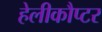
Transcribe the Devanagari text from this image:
हेलीकौप्टर